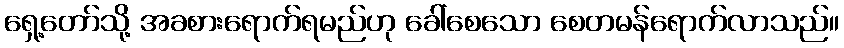
ရှေ့တော်သို့ အခစားရောက်ရမည်ဟု ခေါ်စေသော စေတမန်ရောက်လာသည်။